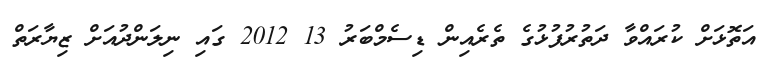
އަތޮޅަށް ކުރައްވާ ދަތުރުފުޅުގެ ތެރެއިން ޑިސެމްބަރު 13 2012 ގައި ނިލަންދުއަށް ޒިޔާރަތް